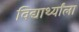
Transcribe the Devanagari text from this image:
विद्यार्थ्यांला